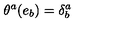
\theta ^ { a } ( e _ { b } ) = \delta _ { b } ^ { a }